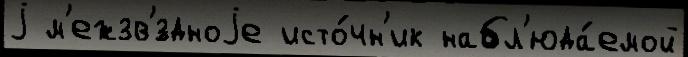
j м'ежзв'́здноjе исто́чн'ик набл'юда́емой